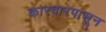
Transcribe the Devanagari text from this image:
कारवारपासून